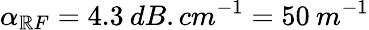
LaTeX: \alpha_{\mathbb{R}F}=4.3\: dB.cm^{-1}=50\: m^{-1}